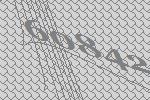
60842